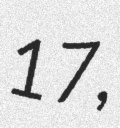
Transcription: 17,